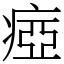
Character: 瘂